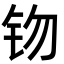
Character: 䥼